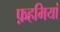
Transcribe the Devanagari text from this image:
फ़हमियां